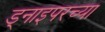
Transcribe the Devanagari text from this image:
ड्नाइपरच्या